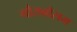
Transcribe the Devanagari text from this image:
गौराबौराम